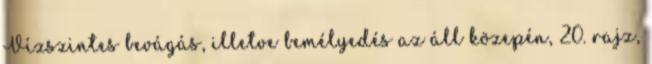
Vízszintes bevágás, illetve bemélyedés az áll közepén, 20. rajz,